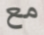
مع